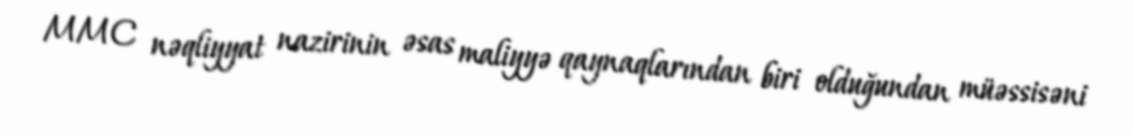
MMC nəqliyyat nazirinin əsas maliyyə qaynaqlarından biri olduğundan müəssisəni